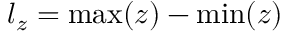
l _ { z } = \operatorname* { m a x } ( z ) - \operatorname* { m i n } ( z )